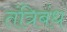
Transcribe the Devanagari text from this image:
तंत्रिबंध